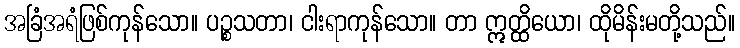
အခြံအရံဖြစ်ကုန်သော။ ပဉ္စသတာ၊ ငါးရာကုန်သော။ တာ ဣတ္ထိယော၊ ထိုမိန်းမတို့သည်။